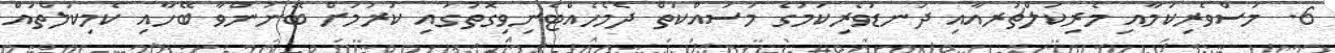
6. މަސްވެރިކަމާއި މެރިކަލްޗަރއާއި ދަނޑުވެރިކަމުގެ މަސައްކަތް ދެމެހެއްޓެނިވިގޮތުގައި ކުރުމަށް ބޭނުންވާ ބޭހާއި ކެމިކަލްތައް